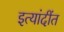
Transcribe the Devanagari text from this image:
इत्यांदींत